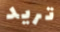
تريد